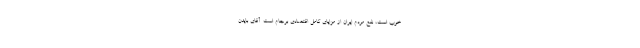
خوب است، نفع مردم ایران از مزایای کامل اقتصادی برجام است. آقای بایدن